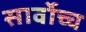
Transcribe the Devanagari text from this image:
सार्वोच्च